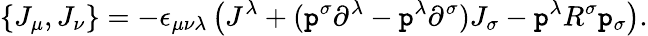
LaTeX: \{ J_{\mu},J_{\nu}\} =-\epsilon_{\mu\nu\lambda}\left(J^{\lambda}+(\mathtt{p}^{\sigma}\partial^{\lambda}-\mathtt{p}^{\lambda}\partial^{\sigma})J_{\sigma}-\mathtt{p}^{\lambda}R^{\sigma}\mathtt{p}_{\sigma}\right).